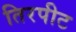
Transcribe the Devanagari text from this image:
तिरपीट